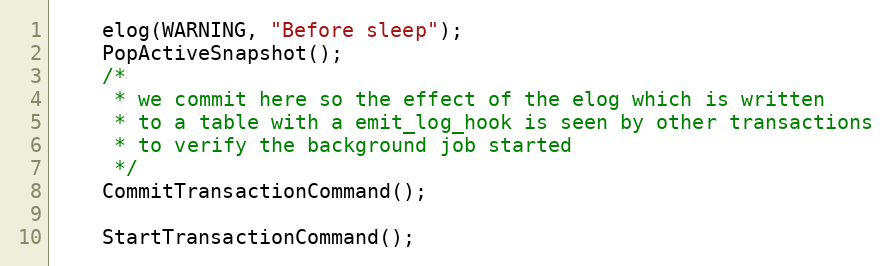
Language: C
	elog(WARNING, "Before sleep");
	PopActiveSnapshot();
	/*
	 * we commit here so the effect of the elog which is written
	 * to a table with a emit_log_hook is seen by other transactions
	 * to verify the background job started
	 */
	CommitTransactionCommand();

	StartTransactionCommand();